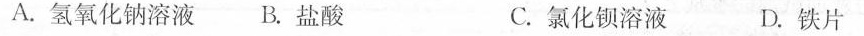
A.氢氧化钠溶液B.盐酸 C.氯化钡溶液 D.铁片